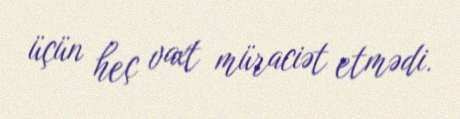
üçün heç vaxt müraciət etmədi.